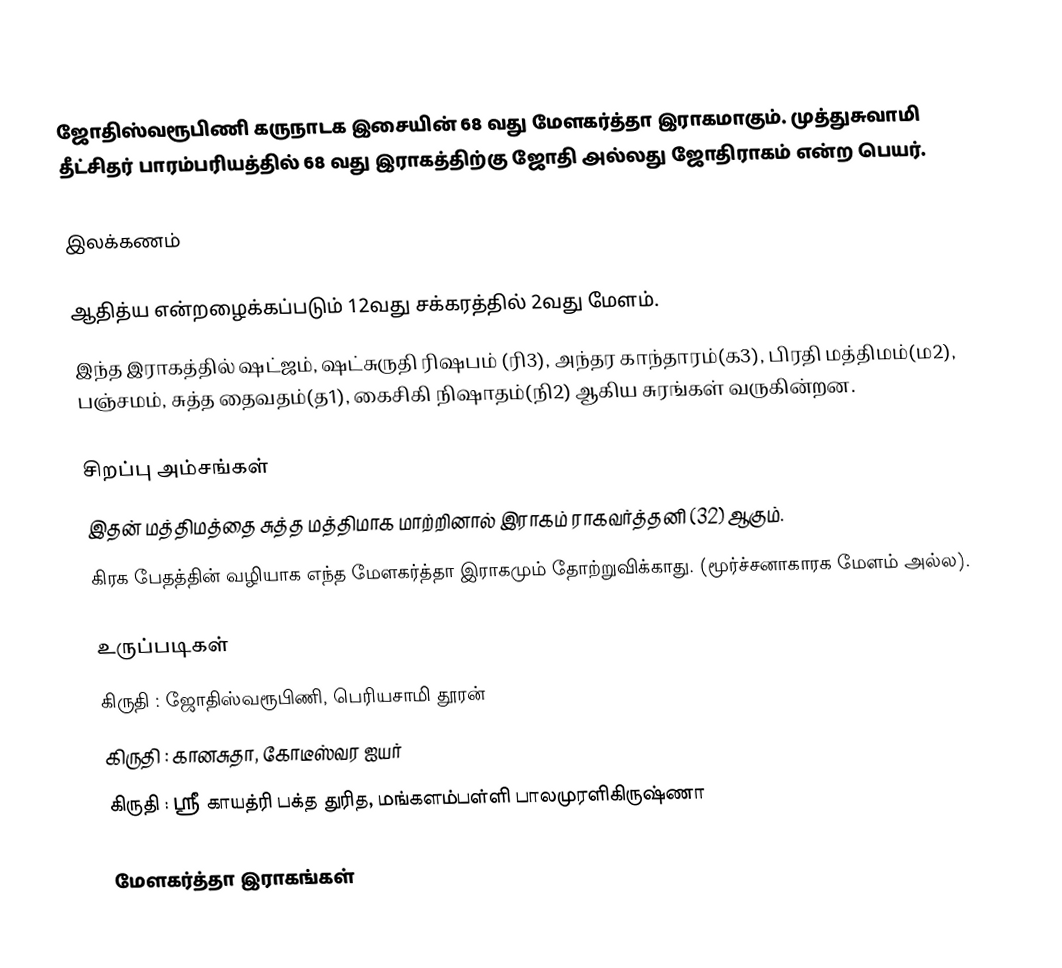
ஜோதிஸ்வரூபிணி கருநாடக இசையின் 68 வது மேளகர்த்தா இராகமாகும். முத்துசுவாமி தீட்சிதர் பாரம்பரியத்தில் 68 வது இராகத்திற்கு ஜோதி அல்லது ஜோதிராகம் என்ற பெயர்.

இலக்கணம்

 ஆதித்ய என்றழைக்கப்படும் 12வது சக்கரத்தில் 2வது மேளம்.
 இந்த இராகத்தில் ஷட்ஜம், ஷட்சுருதி ரிஷபம் (ரி3), அந்தர காந்தாரம்(க3), பிரதி மத்திமம்(ம2), பஞ்சமம், சுத்த தைவதம்(த1), கைசிகி நிஷாதம்(நி2) ஆகிய சுரங்கள் வருகின்றன.

சிறப்பு அம்சங்கள்
 இதன் மத்திமத்தை சுத்த மத்திமாக மாற்றினால் இராகம் ராகவர்த்தனி (32) ஆகும்.
 கிரக பேதத்தின் வழியாக எந்த மேளகர்த்தா இராகமும் தோற்றுவிக்காது. (மூர்ச்சனாகாரக மேளம் அல்ல).

உருப்படிகள்
 கிருதி	: ஜோதிஸ்வரூபிணி, பெரியசாமி தூரன்
 கிருதி	: கானசுதா, கோடீஸ்வர ஐயர்
 கிருதி	: ஸ்ரீ காயத்ரி பக்த துரித, மங்களம்பள்ளி பாலமுரளிகிருஷ்ணா

மேளகர்த்தா இராகங்கள்